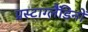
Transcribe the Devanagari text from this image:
प्रस्टाग्लैंडिनों